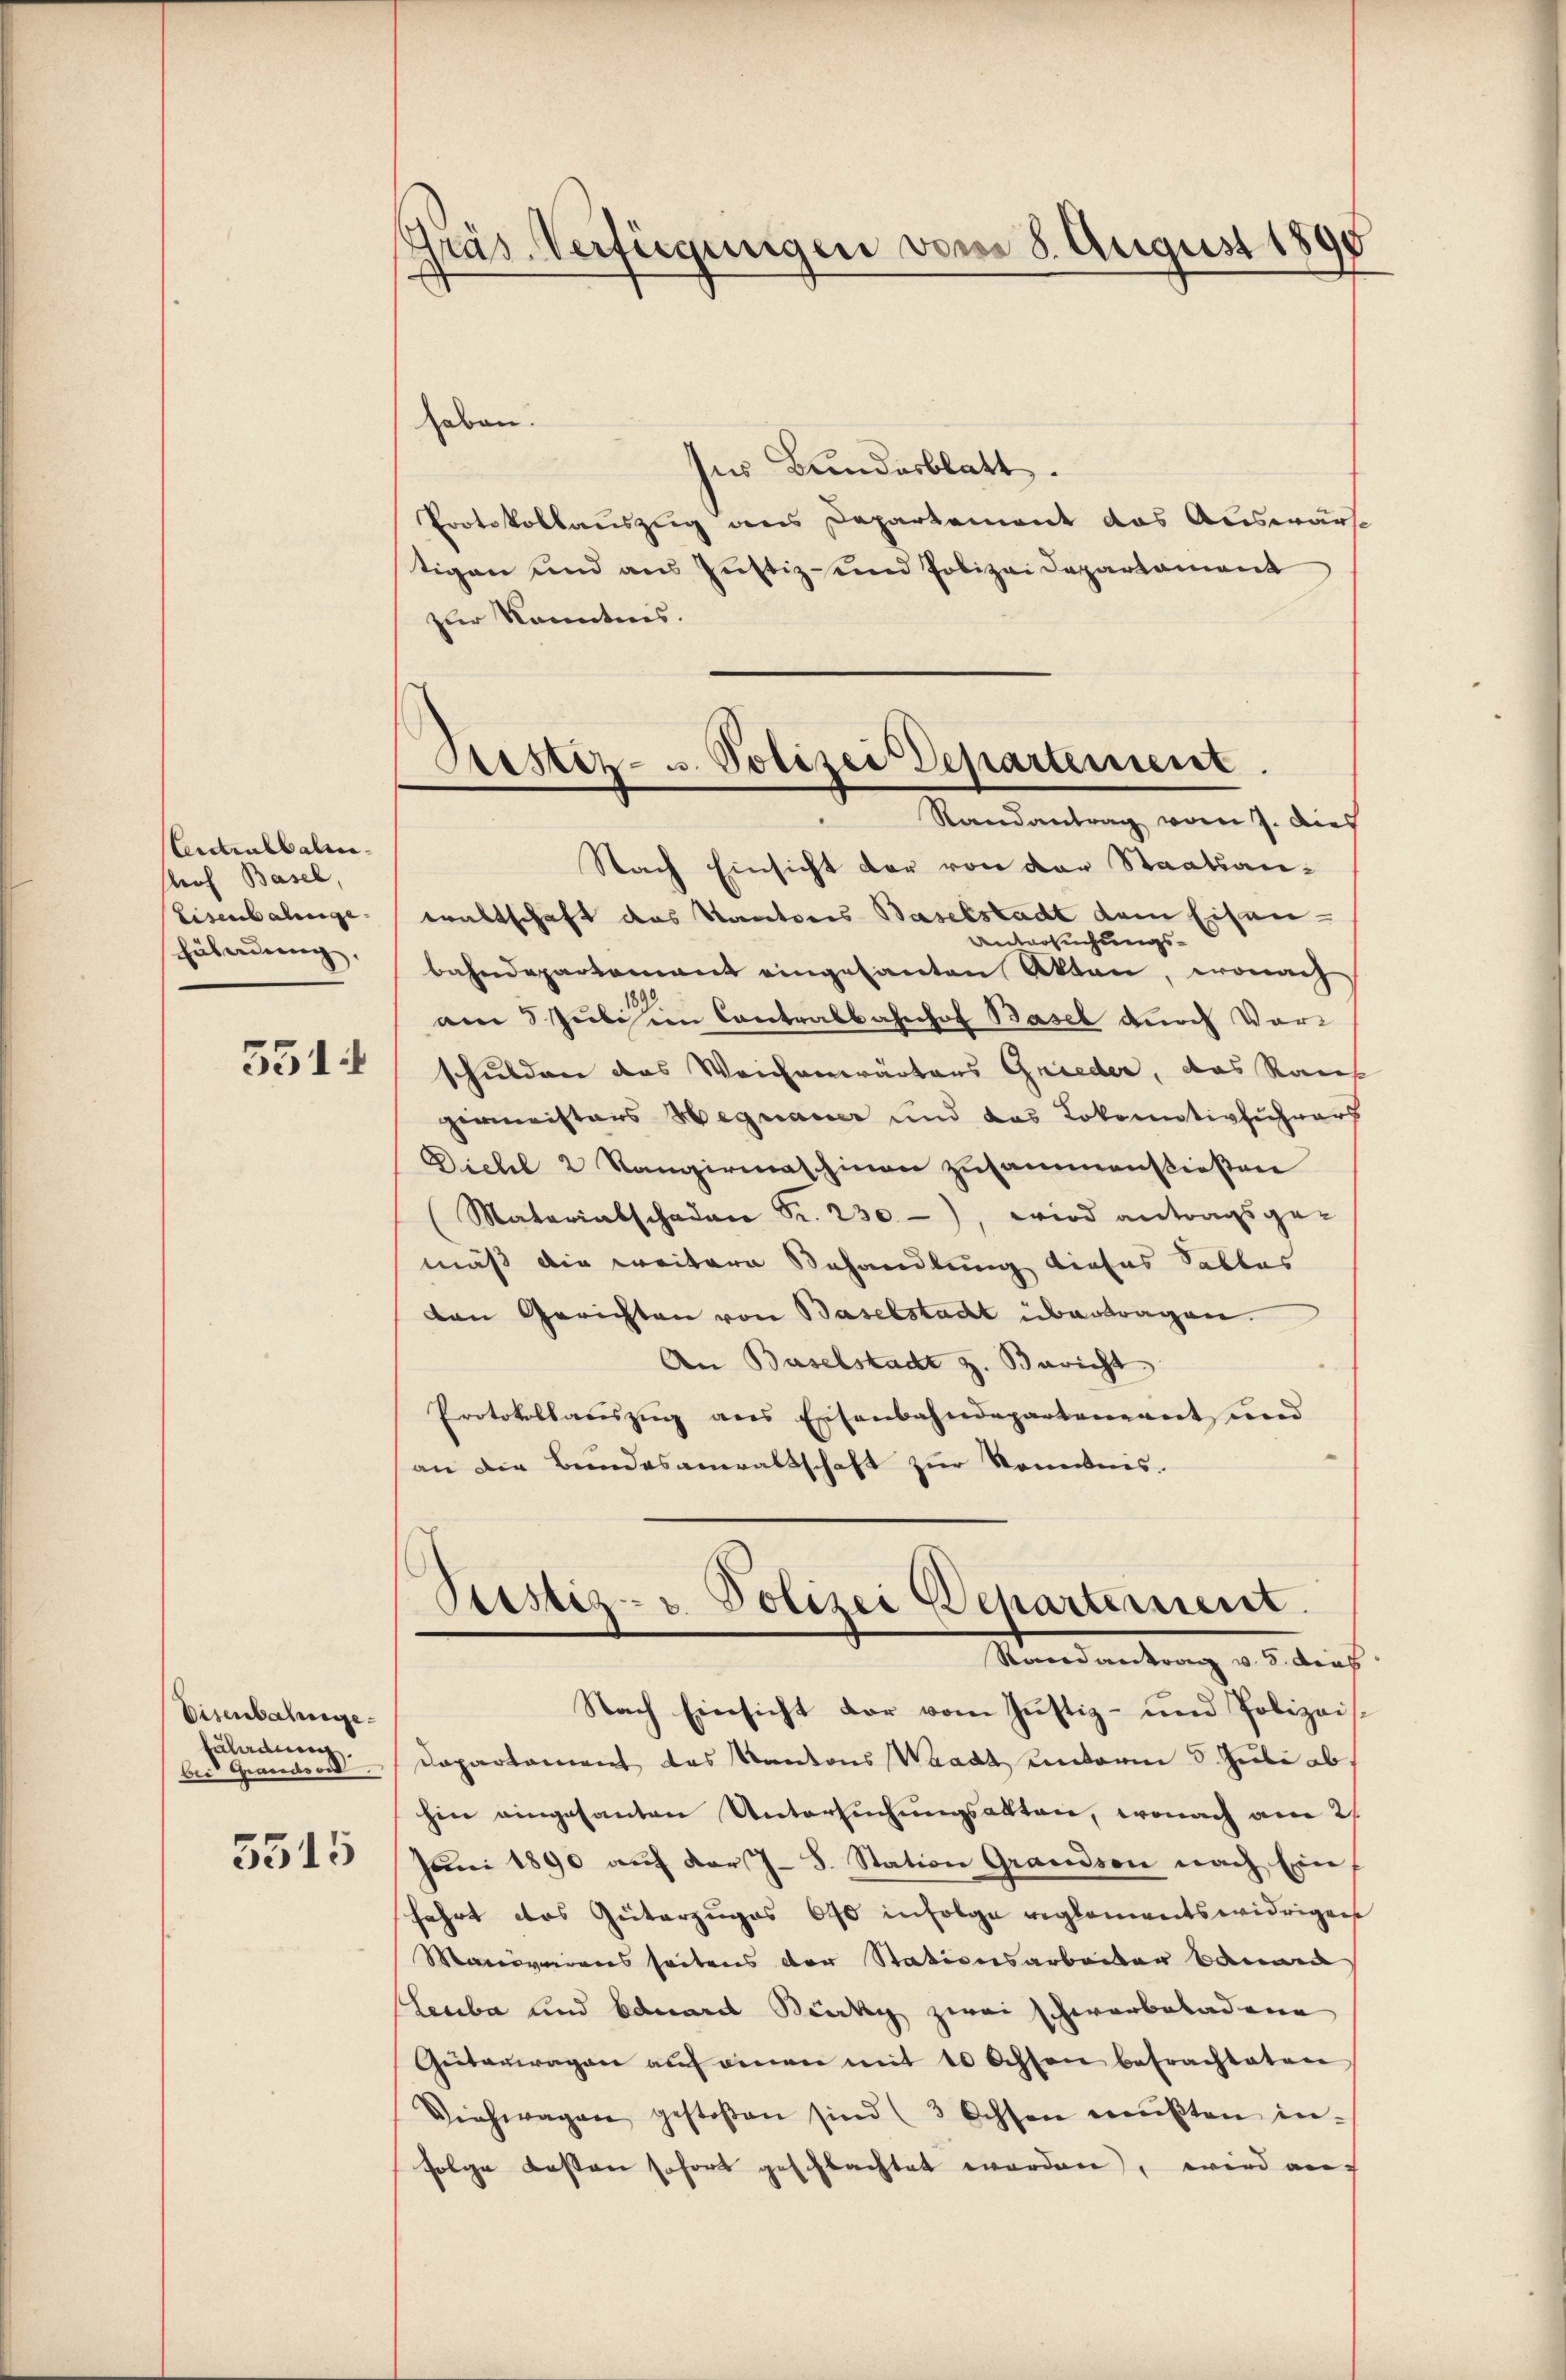
Centralbahren
Prof Basel,
Eisenbahnge
Führung.

551.

Eisenbahnge
kularen
ber Grandsord
5515

Gräs-Verfügungen vom 8. August 1895

Aester- u. Polizei Departement
Randantrag vom 7. dies

haben.
ses Bundesblatt.
Protokollauszug aus Departement das Auswärt
tigen und aus Justiz- und Polizei Departament
zur Kenntnis.
Nach Einsicht der von der Staatsanwaltschaft das Kantores Baselstadt dem Eisen-
Versuchungsbahndepartement eingesanten Akten, wonach
am 5. Juli in Contralbahnhof Basel durch Vorschulden das Weichenwärters Grieder, das Raus
giministers Hegnauer und das Lokomotivhuhrar
Diehl 2 Rangirmaschinen zusammenstießen
Materialschaden S. 230), wird antragsge-
mäß die weitere Behandlung dieses Salles
den Gerichten von Baselstadt übertragen.
An Baselstadt z. Bericht
Protokollauszug aus Eisenbahndepartement und
an die Bundesanwaltschaft zur Kenntnis.
Stistiz- u. Polizei Behartement.
Verdankung es diese
Nach Einsicht der vom Justiz- und Polizeis¬
Dapartement das Kantons Waadt unterm 5. Juli ab
hin eingesanten Untersuchungsakten, wonach am 21
Juni 1890 aŭf der J. J. Station Grandson nach Ein
fahrt das Güterzuges 690 infolge reglementswidrigens
Maresverrens seitens der Stationsarbeiten bauen
Leuba und Eduard Bäcky zwei schwarbeladene
Geitauwagen auf einen mit 10 Ochsen betrachteten
Viehwagen gestoßen sind (3 Ochsen mŭβten in-
folge Kosten sofort geschlachtet worden, wird auf